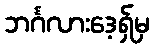
ဘင်္ဂလားဒေ့ရှ်မှ